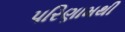
પરિણામથી